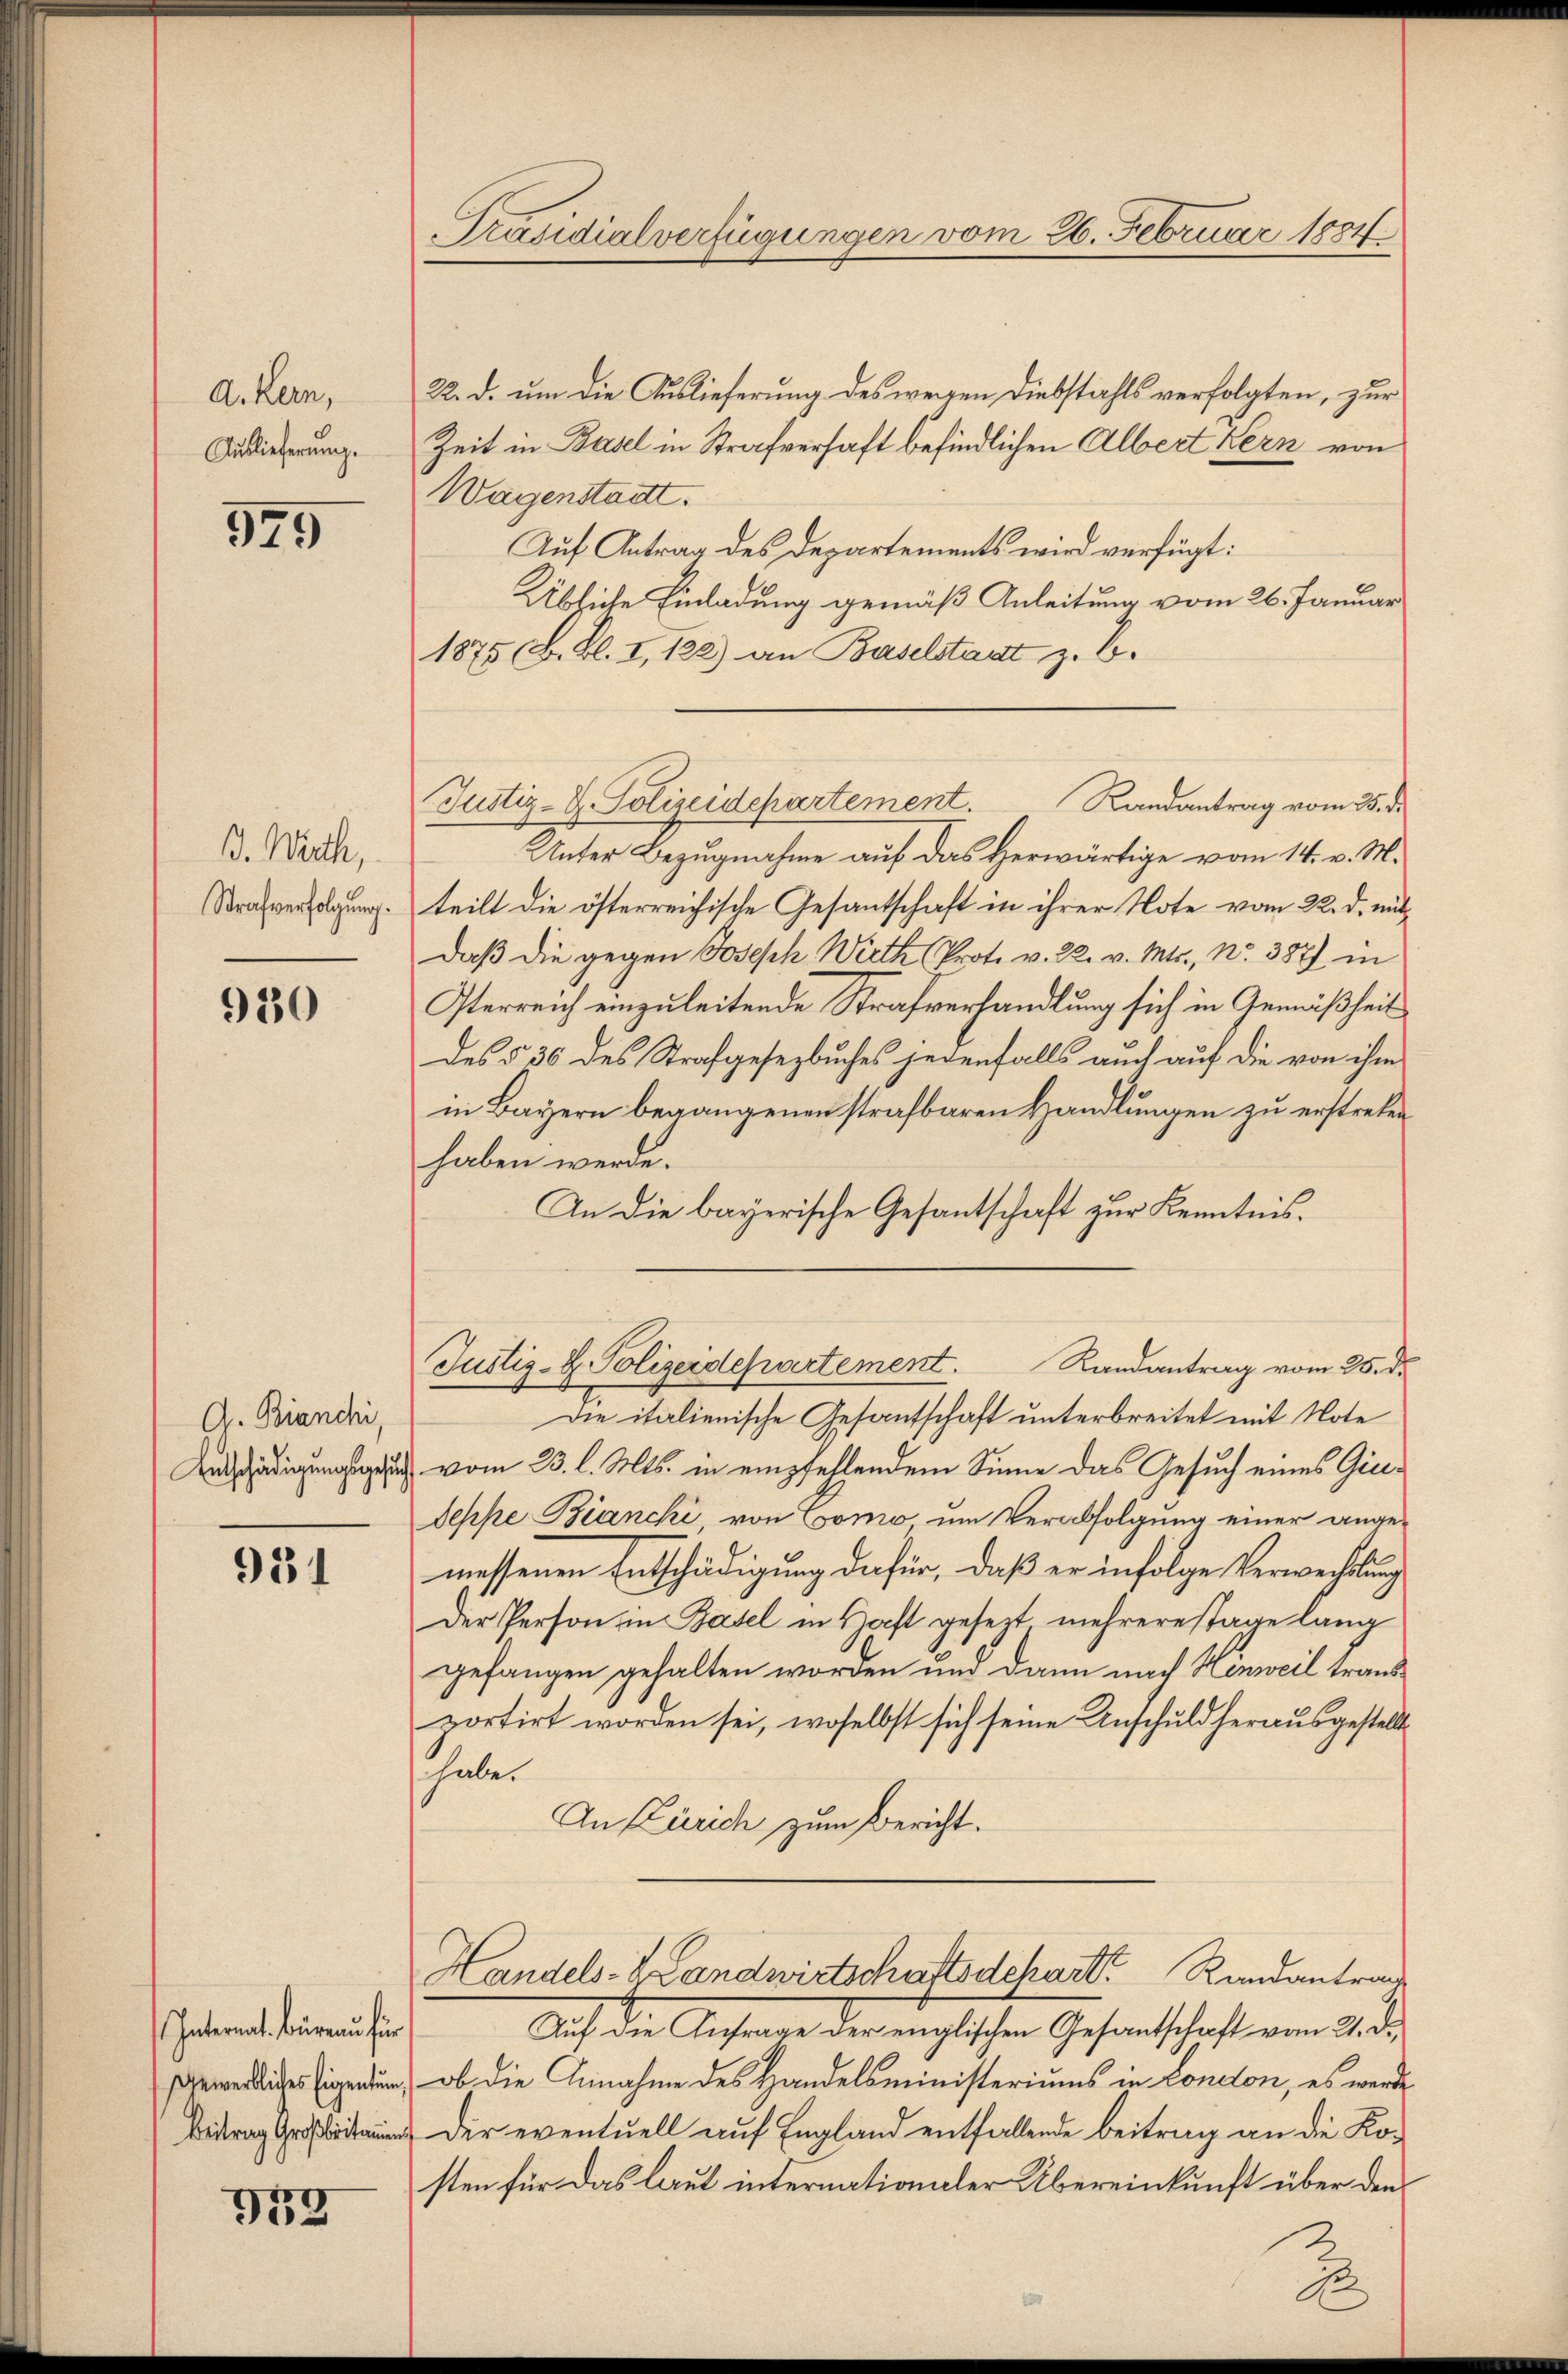
A. Kern,
Auslieferung.

979

B. Wich,
Strafverfolgung.

980

G. Bianchi,
Entschädigungsgesuch

931

Internat. Büreau für
Gewerbliches Eigentum,
Beitrag Großbritammung

39

Präsidialverfügungen vom 26. Februar 1884.

Justiz- & Polizeidepartement.
Randantrag vom 25. d.

22. d. um die Auslieferung des wegen Diebstahls verfolgten, zur
Zeit in Basel in Strafverhaft befindlichen Albert Kern von
Wagenstadt.
Auf Antrag des Departements wird verfügt:
Übliche Einladung gemäß Anleitung vom 26. Januar
1875 B. Bl. I, 122) an Baselstaat z. B.
Unter Bezugnahme auf das Herwärtige vom 14. v. M.
teilt die österreichische Gesantschaft in ihrer Note vom 22. d. mitdaβ die gegen Joseph Wirth (Prote v. 22. v. Mts., Nr. 387) in
Perreich einzuleitende Strafverhandlung sich in Gemäßheit
des § 36 des Strafgesezbuches jedenfalls auch auf die von ihm
in Bayern begangenen strafbaren Handlungen zu erstreten
haben werde.
In die bayerische Gesantschaft zur Kenntnis.
Justiz-H. Polizeidepartement. Randantrag vom 25. d.
Die italienische Gesantschaft unterbreitet mit Note
vom 23. l. Mts. in empfehlendem Sinne das Gesuch eines Gie¬
Deppe Bianchi, von Como um Verabfolgung einer angemessenen Entschädigung dafür, daß er infolge Verwechslung
Der Person in Basel in Haft gesezt mehrerestage lang
gefangen gehalten worden und dann nach Henweil trausportirt worden sei, woselbst sich seine Anschuld herausgestellt
haber
An Zürich zum Bericht.
Handels- Landwirtschaftsdepart Randantrag
Auf die Anfrage der englischen Gesantschaft vom 21. d.
ob die Annahme des Handelsministeriums in London, es werde
Der eventuell auf England entfallende Beitrag an die Kosten für das laut internationaler Übereinkunft über den
2